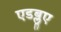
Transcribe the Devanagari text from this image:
एडब्लूए